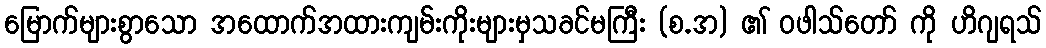
မြောက်များစွာသော အထောက်အထားကျမ်းကိုးများမှသခင်မကြီး (စ.အ) ၏ ဝဖါသ်တော် ကို ဟိဂျရသ်